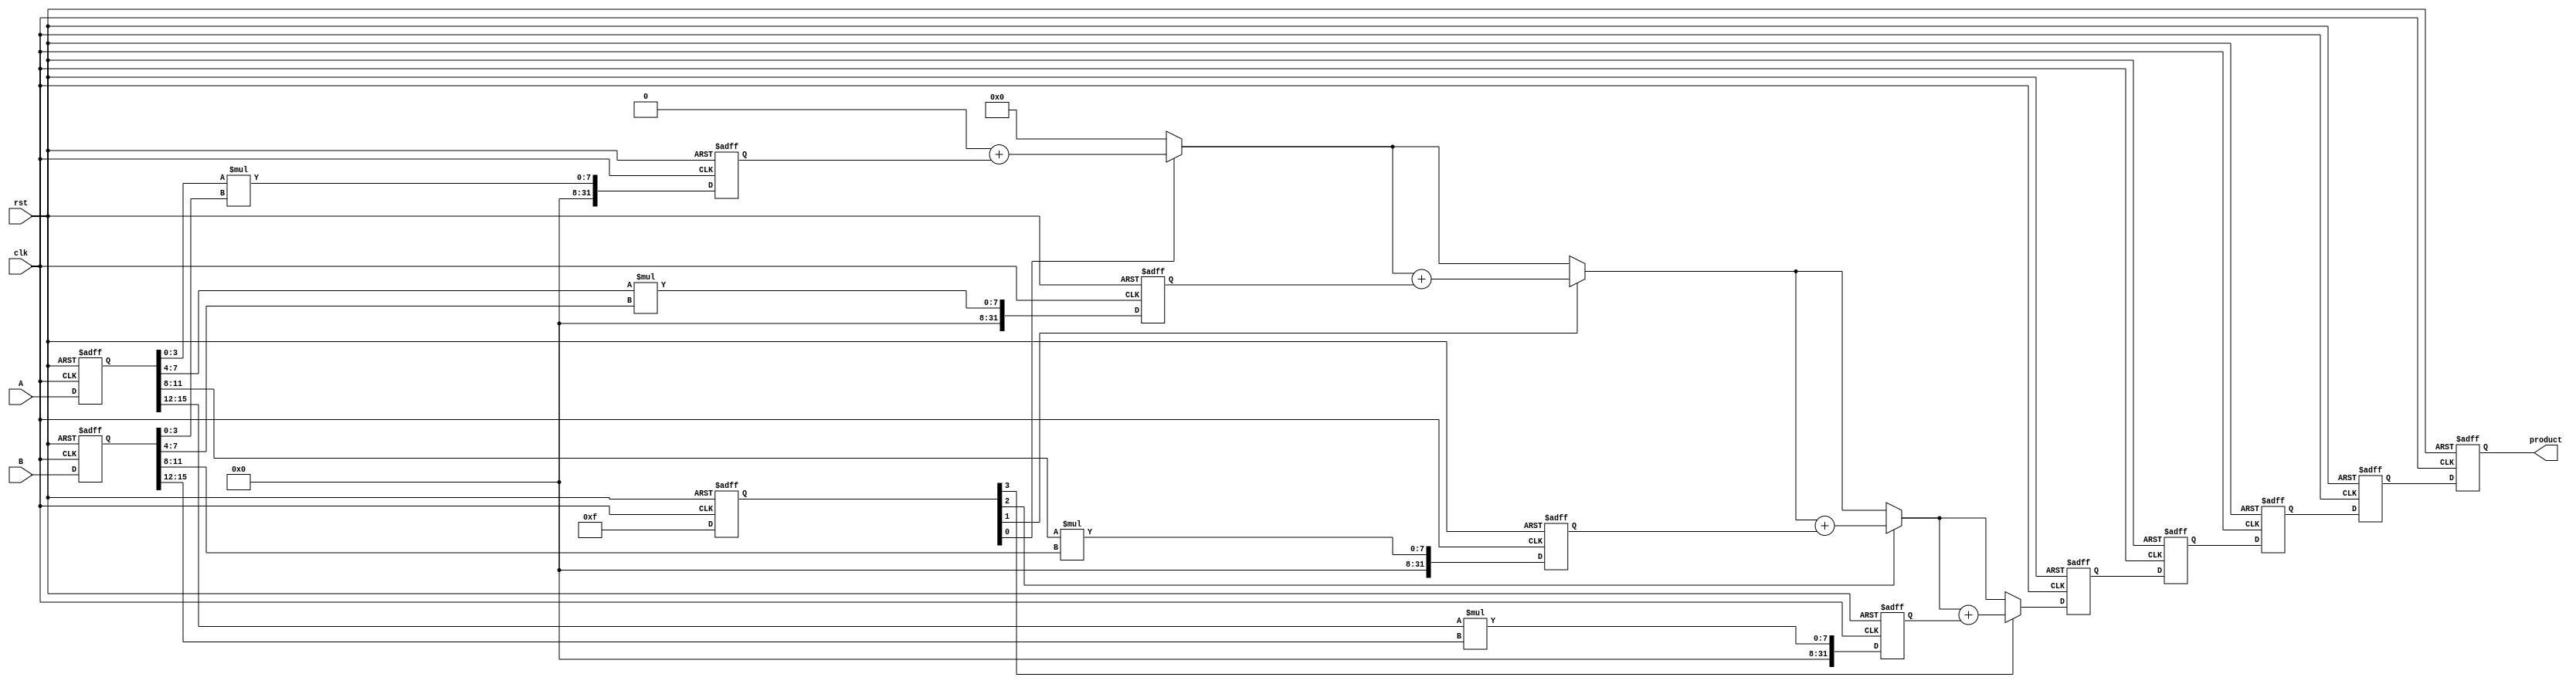
module pipelined_sliced_multiplier #(
    parameter A_WIDTH = 16, // Width of operand A
    parameter B_WIDTH = 16, // Width of operand B
    parameter SLICE_WIDTH = 4, // Width of each slice
    parameter NUM_SLICES = (A_WIDTH > B_WIDTH ? A_WIDTH / SLICE_WIDTH : B_WIDTH / SLICE_WIDTH)
) (
    input wire clk,
    input wire rst,
    input wire [A_WIDTH-1:0] A,
    input wire [B_WIDTH-1:0] B,
    output reg [A_WIDTH + B_WIDTH - 1:0] product
);

    // Internal signals
    reg [A_WIDTH-1:0] A_reg;
    reg [B_WIDTH-1:0] B_reg;
    reg [A_WIDTH + B_WIDTH - 1:0] partial_products [0:NUM_SLICES-1];
    reg [A_WIDTH + B_WIDTH - 1:0] sum;

    // Pipeline registers
    reg [NUM_SLICES-1:0] valid;
    reg [A_WIDTH + B_WIDTH - 1:0] stage_sum [0:NUM_SLICES-1];

    // Control logic
    integer i, j;

    // Slicing and Partial Product Generation
    always @(posedge clk or posedge rst) begin
        if (rst) begin
            A_reg <= 0;
            B_reg <= 0;
            product <= 0;
            valid <= 0;
            for (i = 0; i < NUM_SLICES; i = i + 1) begin
                partial_products[i] <= 0;
                stage_sum[i] <= 0;
            end
        end else begin
            // Load inputs
            A_reg <= A;
            B_reg <= B;

            // Generate partial products
            for (i = 0; i < NUM_SLICES; i = i + 1) begin
                if (i * SLICE_WIDTH < A_WIDTH && i * SLICE_WIDTH < B_WIDTH) begin
                    partial_products[i] <= (A_reg[i*SLICE_WIDTH +: SLICE_WIDTH] * B_reg[i*SLICE_WIDTH +: SLICE_WIDTH]);
                    valid[i] <= 1;
                end else begin
                    valid[i] <= 0;
                end
            end

            // Pipelined addition of partial products
            sum = 0;
            for (i = 0; i < NUM_SLICES; i = i + 1) begin
                if (valid[i]) begin
                    sum = sum + partial_products[i];
                end
            end
            
            // Shift stage sums through the pipeline
            for (j = NUM_SLICES-1; j > 0; j = j - 1) begin
                stage_sum[j] <= stage_sum[j-1];
            end
            stage_sum[0] <= sum;

            // Final product output
            product <= stage_sum[NUM_SLICES-1];
        end
    end
endmodule